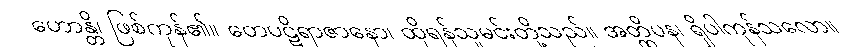
ဟောန္တိ၊ ဖြစ်ကုန်၏။ တေပဋိရာဇာနော၊ ထိုရန်သူမင်းတို့သည်။ အတ္ထိပန၊ ရှိပါကုန်သလော။